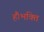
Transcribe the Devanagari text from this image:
हैं।भक्ति